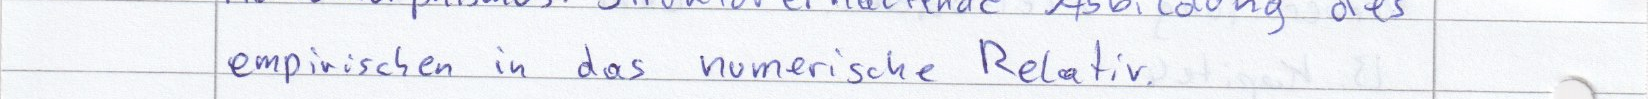
empirischen in das numerische Relativ